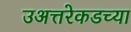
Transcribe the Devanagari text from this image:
उअत्तरेकडच्या